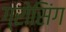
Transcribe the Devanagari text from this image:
ग्रोसिंग